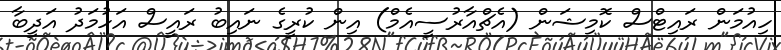
ހިއުމަން ރައިޓްސް ކޮމިޝަން (އެޗްއާރުސީއެމް) އިން ކުރީގެ ނައިބު ރައީސް އަހުމަދު އަދީބާ